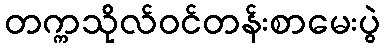
တက္ကသိုလ်ဝင်တန်းစာမေးပွဲ